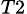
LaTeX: _{T2}